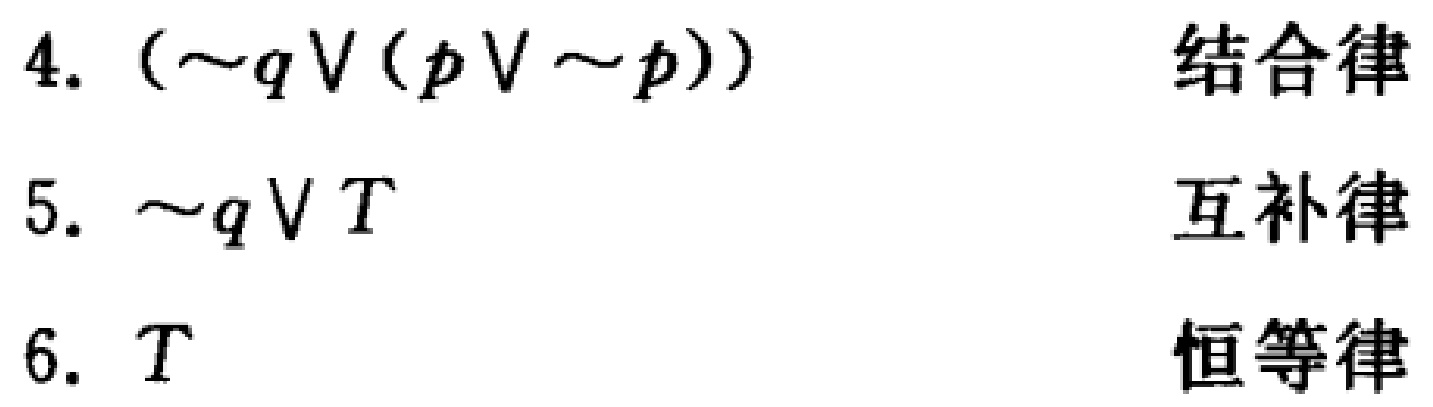
4. $(\sim q \vee (p \vee \sim p))$ 结合律
5. $\sim q \vee T$ 互补律
6. $T$ 恒等律